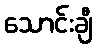
သောင်းချီ